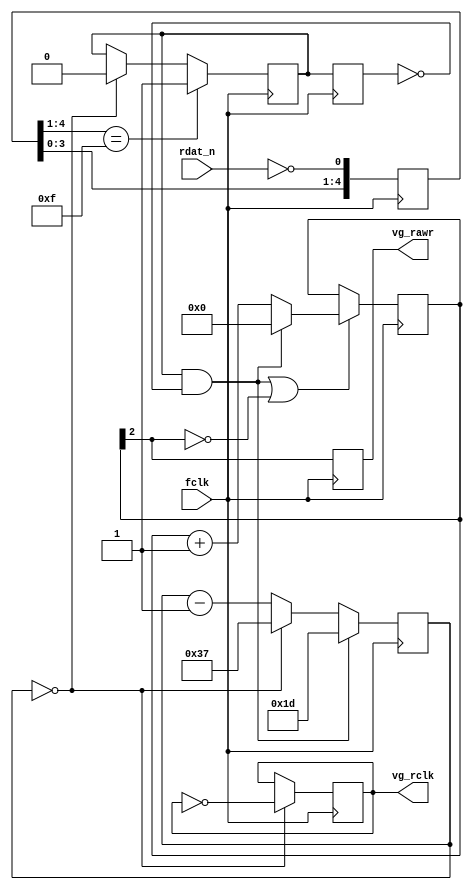
module fapch_counter
(
	input  wire fclk,

	input  wire rdat_n,

	output reg  vg_rclk,
	output reg  vg_rawr
);


	reg [4:0] rdat_sync;
	reg rdat_edge1, rdat_edge2;
	wire rdat;
	wire rwidth_ena;
	reg [3:0] rwidth_cnt;
	wire rclk_strobe;
	reg [5:0] rclk_cnt;

	// RCLK/RAWR restore
	// currently simplest counter method, no PLL whatsoever now
	//
	// RCLK period must be 112 clocks (@28 MHz), or 56 clocks for each state
	// RAWR on time is 4 clocks

	// digital filter - removing glitches
	always @(posedge fclk)
		rdat_sync[4:0] <= { rdat_sync[3:0], (~rdat_n) };



	always @(posedge fclk)
	begin
		if( rdat_sync[4:1]==4'b1111 ) // filter beginning of strobe
			rdat_edge1 <= 1'b1;
		else if( rclk_strobe ) // filter any more strobes during same strobe half-perion
			rdat_edge1 <= 1'b0;

		rdat_edge2 <= rdat_edge1;
	end



	assign rdat = rdat_edge1 & (~rdat_edge2);



	always @(posedge fclk)
		if( rwidth_ena )
		begin
			if( rdat )
				rwidth_cnt <= 4'd0;
			else
				rwidth_cnt <= rwidth_cnt + 4'd1;
		end

	assign rwidth_ena = rdat | (~rwidth_cnt[2]); // [2] - 140ns, [3] - 280ns

	always @(posedge fclk)
		vg_rawr <= rwidth_cnt[2]; // RAWR has 2 clocks latency from rdat strobe




	assign rclk_strobe = (rclk_cnt==6'd0);

	always @(posedge fclk)
	begin
		if( rdat )
			rclk_cnt <= 6'd29; // (56/2)-1 plus halfwidth of RAWR
		else if( rclk_strobe )
			rclk_cnt <= 6'd55; // period is 56 clocks
		else
			rclk_cnt <= rclk_cnt - 6'd1;
	end

	always @(posedge fclk)
		if( rclk_strobe )
			vg_rclk <= ~vg_rclk; // vg_rclk latency is 2 clocks plus a number loaded into rclk_cnt at rdat strobe

endmodule